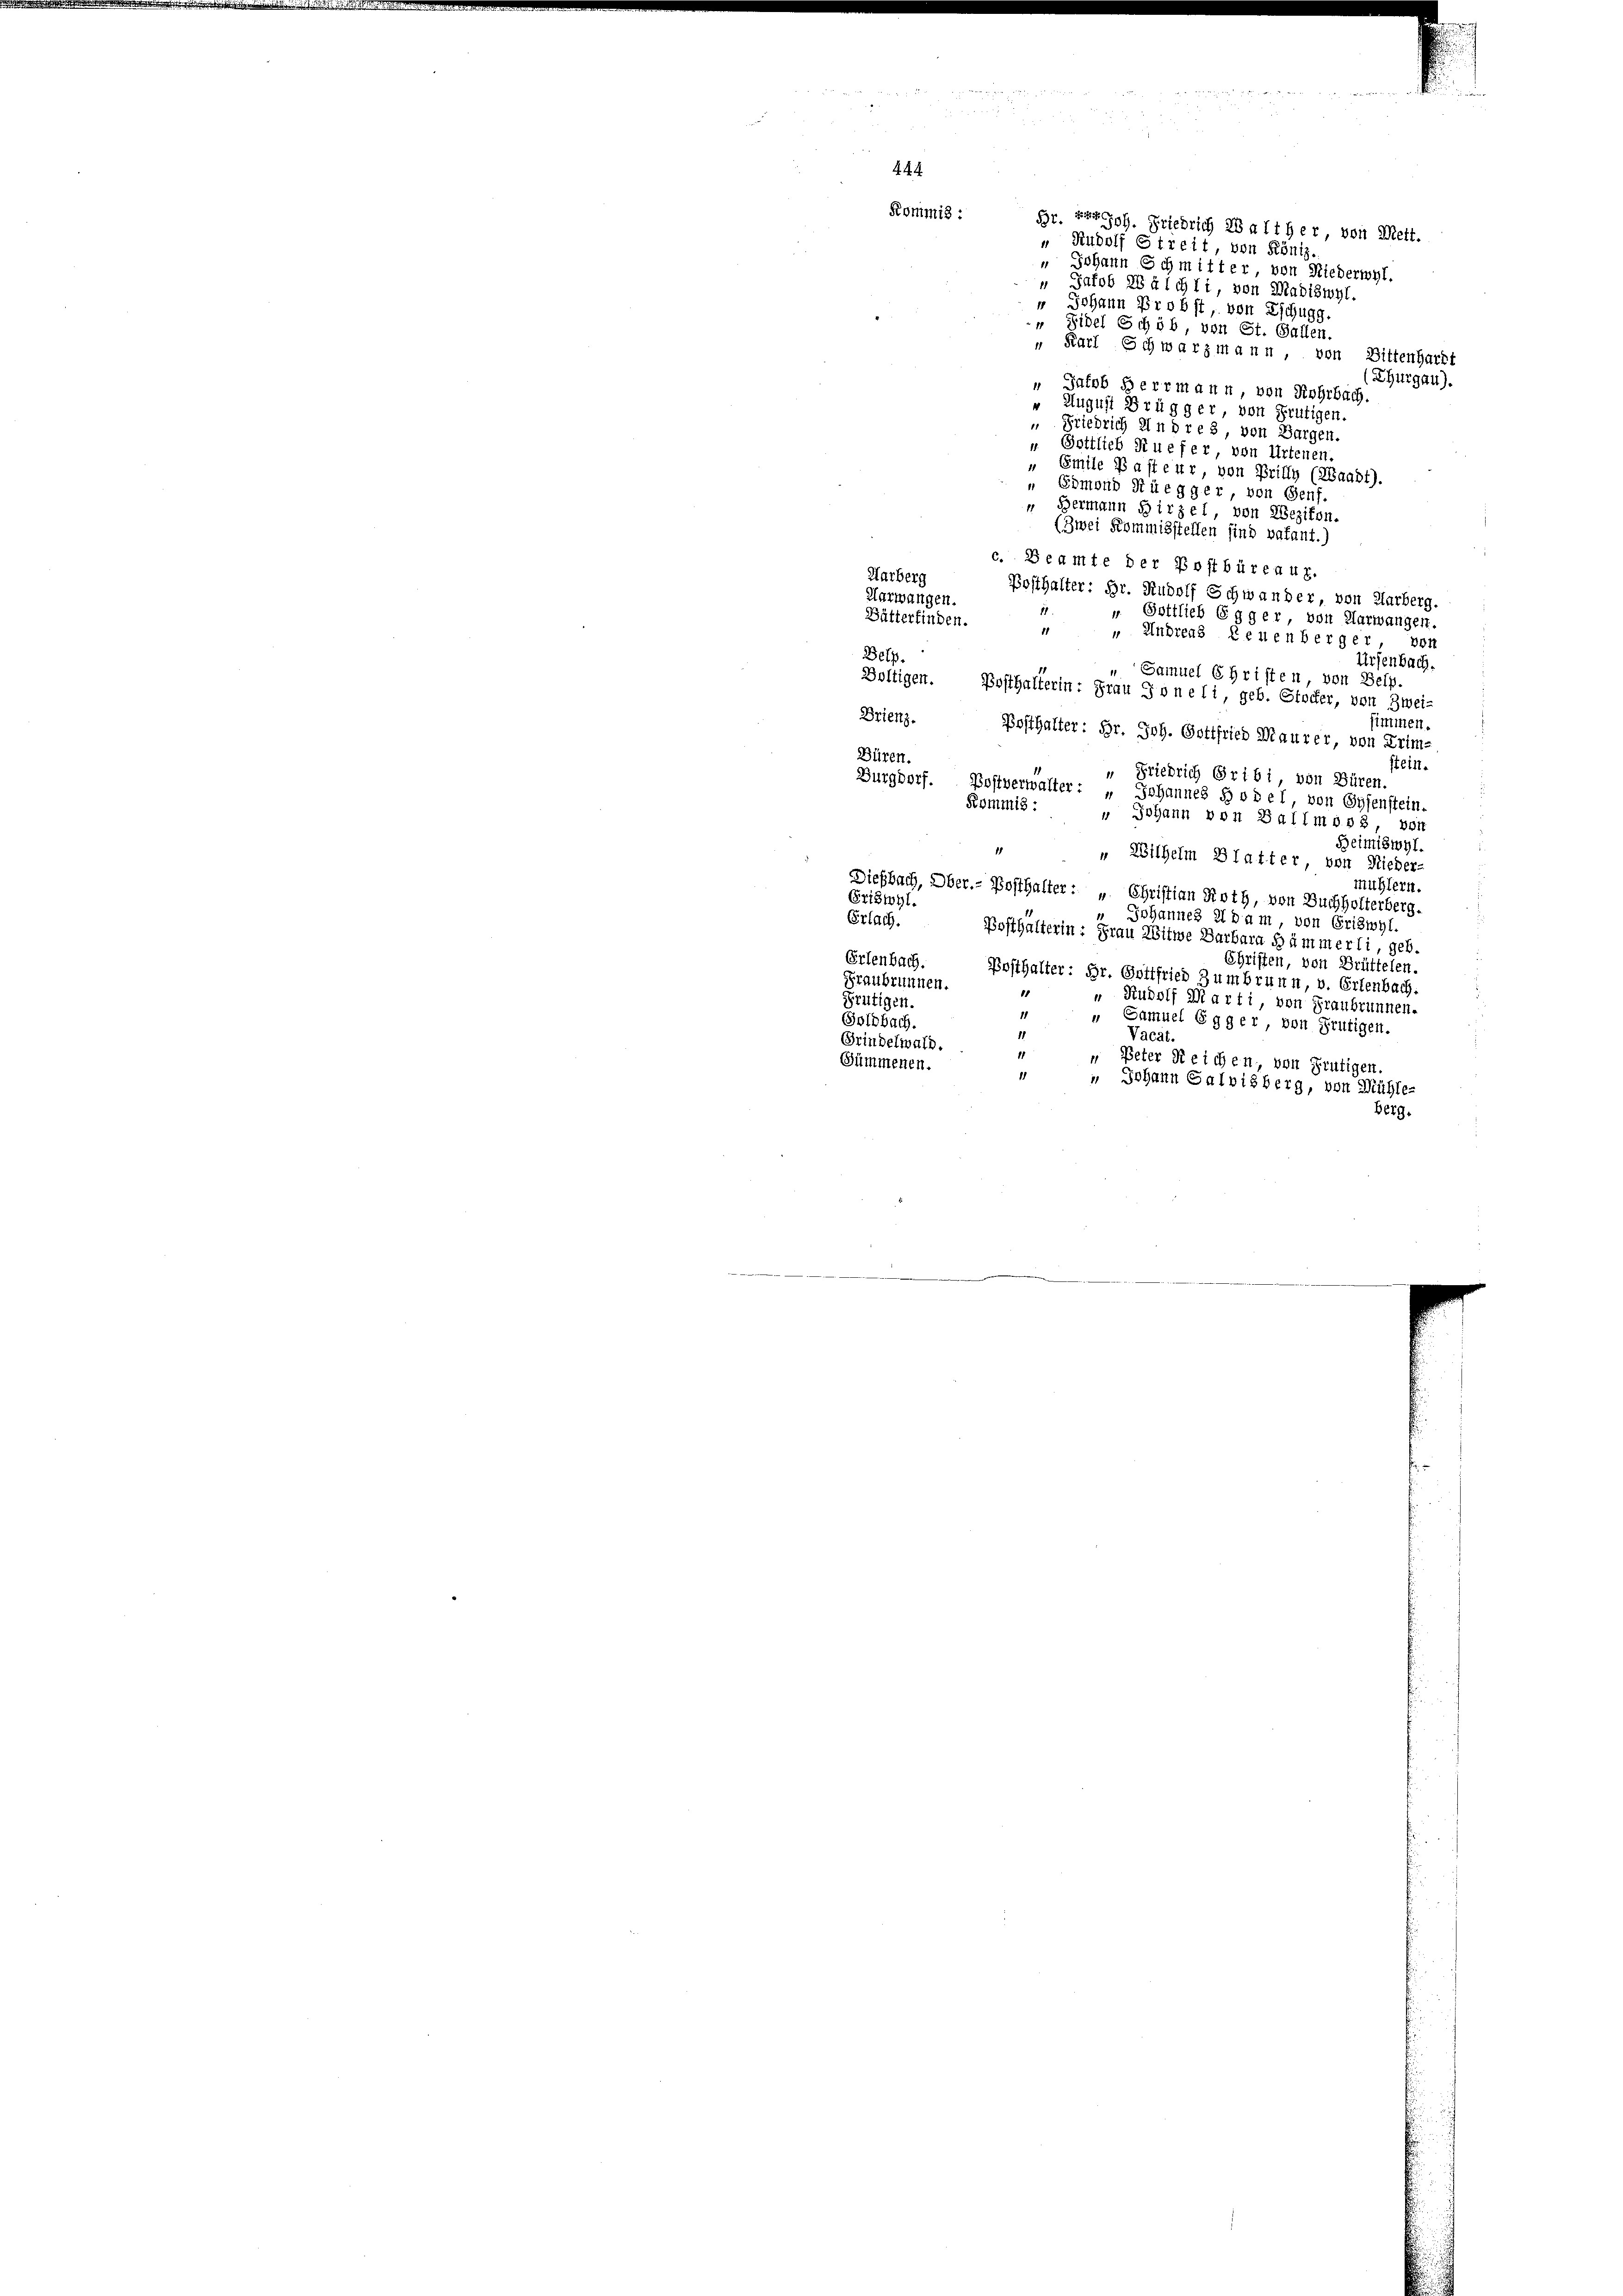
" Sidel Schöb, von St. Gallen.
" Karl Schwarzmann, von Bittenhardt
(Thurgau).
“ Jakob Herrmann, von Rohrbach.
4
August Brügger, von Frutigen.
„ Friedrich ein dres, von Bargen.
" Gottlieb Ruefer, von Artenen.
" Emile Basteur, von Brilly (Haubt).
Eomond Rüegger, von Genf
" Hermann Hirzel, von Wezikon.
(Zwei Kommisstellen sind vakant.)
c. Beamte der Postbüreaur.
Harberg
Posthalter: Hr. Rudolf Schwander, von Harberg.
Aarwangen.
11
 Gottlieb Egger, von Aarwangen.
Bütterfinden.
11
“ Andreas Leuenberger, von
Betp.
Ursenbach.
" Samuel Christen, von Selp.
Boltigen. Bosthalterin: Frau Joneli, geb. Stocker, von Zwei-
immen.
Orienz. Posthalter: Br. Joh. Gottfried Maurer, von Krim-
Büren.
stein.
“ Friedrich Gribi, von Büren.
Burgdorf. Postverwalter: „Johannes § viel, von Gysenstein.
Kommis:
 Johann von Ballmoos, von
Beimiswyl
.
"Wilhelm Blatter von Nieder-
mühlern.
Diesbach, Ober.- Posthalter: „Christian Roth, von Buchholterberg.
Gristohl.
Johannes Adam, von Griswyl.
Erlach.
Posthalterin: Frau Witwe Barbara Hämmerli, geb.
Erlenbach.
Christen, von Brüttelen.
Posthalter: Hr. Gottfried Zumbrunn, v. Erlenbach.
Graubrunnen.
„ Rudolf Marti, von Graubrunnen.
Frutigen.
11
Goldbach.
„ Samuel Egger, von Frutigen.
11
Vacat
Grindelwald.
11
 Peter Reichen, von Frutigen.
Summenen.
18
" Johann Galvisberg, von Mühle-
Berg.

444
Kommis :

Hr. Prof. Friedrich 28 alther von Bett.
" Rudolf Streit, von Röniz.
" Johann Schmitter, von Niederwyl.
“ Jakob Wälchli, von Madiswyl.
n Johann Probst, von Eschugg.